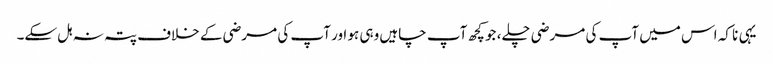
یہی نا کہ اس میں آپ کی مرضی چلے، جو کچھ آپ چاہیں وہی ہو اور آپ کی مرضی کے خلاف پتہ نہ ہل سکے۔